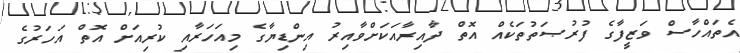
އެތައްހާސް ވަޒީފާގެ ފުރުޞަތުތަކެއް އޮތް ދާއިރާއަކަށްވާއިރު އިންޑިޔާގެ މިއަހަރާއި ކުރިއަށް އޮތް އަހަރުގެ